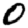
Digit: 0